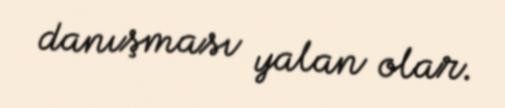
danışması yalan olar.